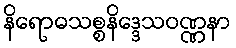
နိရောဓသစ္စနိဒ္ဒေသဝဏ္ဏနာ